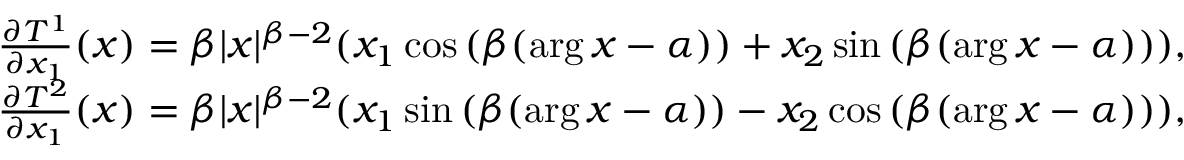
\begin{array} { r } { \frac { \partial T ^ { 1 } } { \partial x _ { 1 } } ( x ) = \beta | x | ^ { \beta - 2 } ( x _ { 1 } \cos { ( \beta ( \arg x - \alpha ) ) } + x _ { 2 } \sin { ( \beta ( \arg x - \alpha ) ) } ) , } \\ { \frac { \partial T ^ { 2 } } { \partial x _ { 1 } } ( x ) = \beta | x | ^ { \beta - 2 } ( x _ { 1 } \sin { ( \beta ( \arg x - \alpha ) ) } - x _ { 2 } \cos { ( \beta ( \arg x - \alpha ) ) } ) , } \end{array}